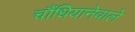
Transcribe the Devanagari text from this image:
चौंधियानेवाले